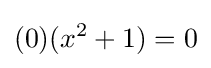
(0)(x^{2}+1)=0